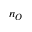
n _ { O }